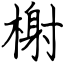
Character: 榭